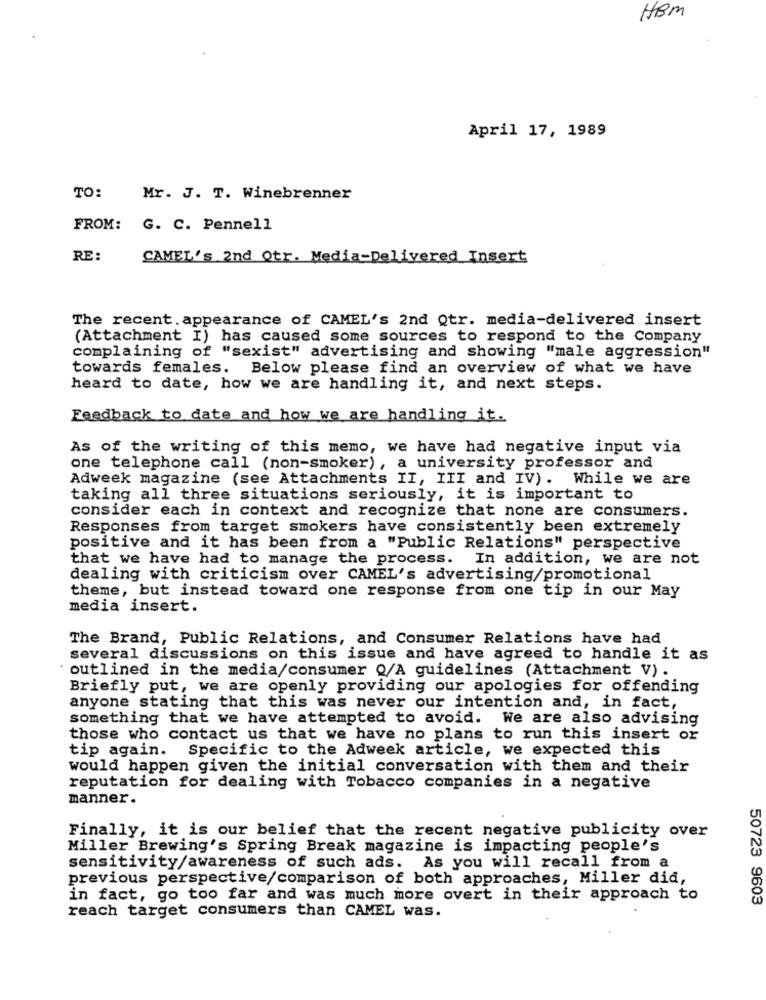
HBM
April 17, 1989
TO:
Mr. J. T. Winebrenner
FROM:
G. C. Pennell
RE:
CAMEL's 2nd Qtr. Media-Delivered Insert
The recent. appearance of CAMEL's 2nd Qtr. media-delivered insert
(Attachment I) has caused some sources to respond to the Company
complaining of "sexist" advertising and showing "male aggression"
towards females. Below please find an overview of what we have
heard to date, how we are handling it, and next steps.
Feedback to date and how we are handling it.
As of the writing of this memo, we have had negative input via
one telephone call (non-smoker), a university professor and
Adweek magazine (see Attachments II, III and IV). While we are
taking all three situations seriously, it is important to
consider each in context and recognize that none are consumers.
Responses from target smokers have consistently been extremely
positive and it has been from a "Public Relations" perspective
that we have had to manage the process.
In addition, we are not
dealing with criticism over CAMEL's advertising/promotional
theme, but instead toward one response from one tip in our May
media insert.
The Brand, Public Relations, and Consumer Relations have had
several discussions on this issue and have agreed to handle it as
' outlined in the media/consumer Q/A guidelines (Attachment V).
Briefly put, we are openly providing our apologies for offending
anyone stating that this was never our intention and, in fact,
something that we have attempted to avoid. We are also advising
those who contact us that we have no plans to run this insert or
tip again.
Specific to the Adweek article, we expected this
would happen given the initial conversation with them and their
reputation for dealing with Tobacco companies in a negative
manner.
Finally, it is our belief that the recent negative publicity over
Miller Brewing's Spring Break magazine is impacting people's
sensitivity/awareness of such ads. As you will recall from a
previous perspective/comparison of both approaches, Miller did,
in fact, go too far and was much more overt in their approach to
50723 9603
reach target consumers than CAMEL was.